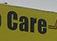
care